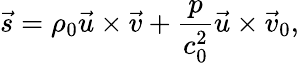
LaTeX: \vec{s}=\rho_{0}\vec{u}\times\vec{v}+\frac{p}{c_{0}^{2}}\vec{u}\times\vec{v}_{0},